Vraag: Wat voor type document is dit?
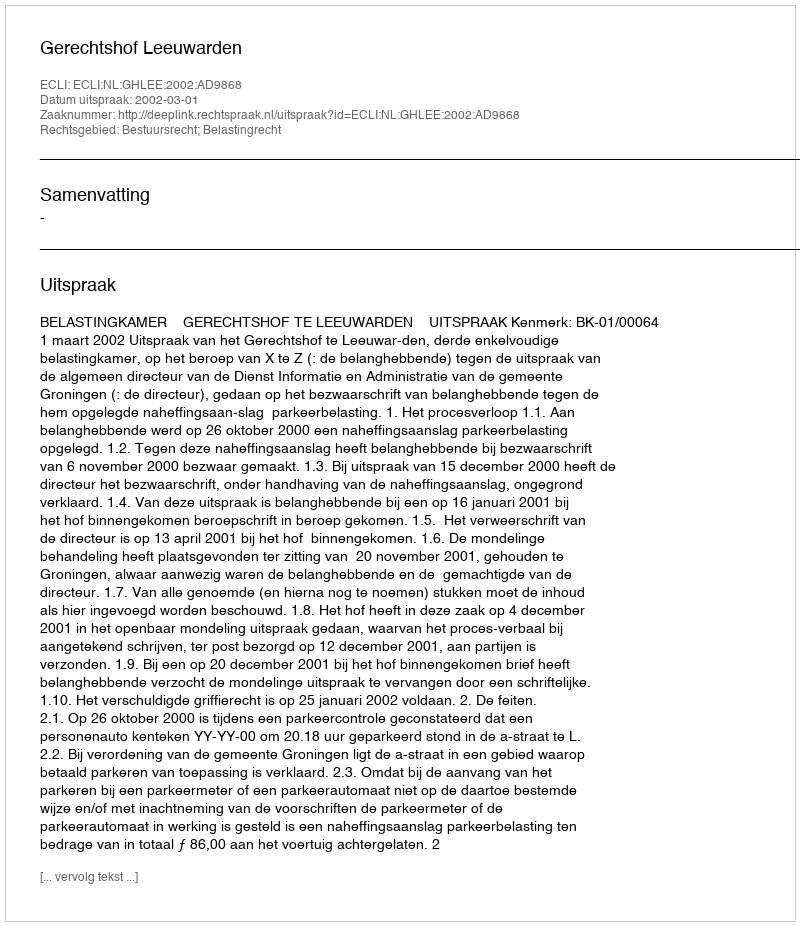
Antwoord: Uitspraak